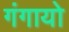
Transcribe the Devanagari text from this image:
गंगायो